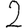
Digit: 2